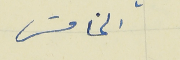
الخامسَ